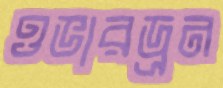
ওভারড্রন